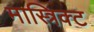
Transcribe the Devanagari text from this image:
मास्त्रिक्ट